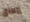
إرهاق